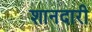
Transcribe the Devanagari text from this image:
शानदारी